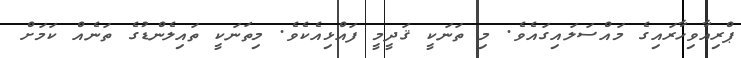
ޕްރިއާވިހާރައިގެ މައްސަލައިގައެވެ. މި ތަނަކީ ޤަދީމީ ފައްޅިއެކެވެ. މިތަނަކީ ތައިލެންޑުގެ ތަނެއް ކަމަށް